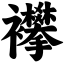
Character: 襻